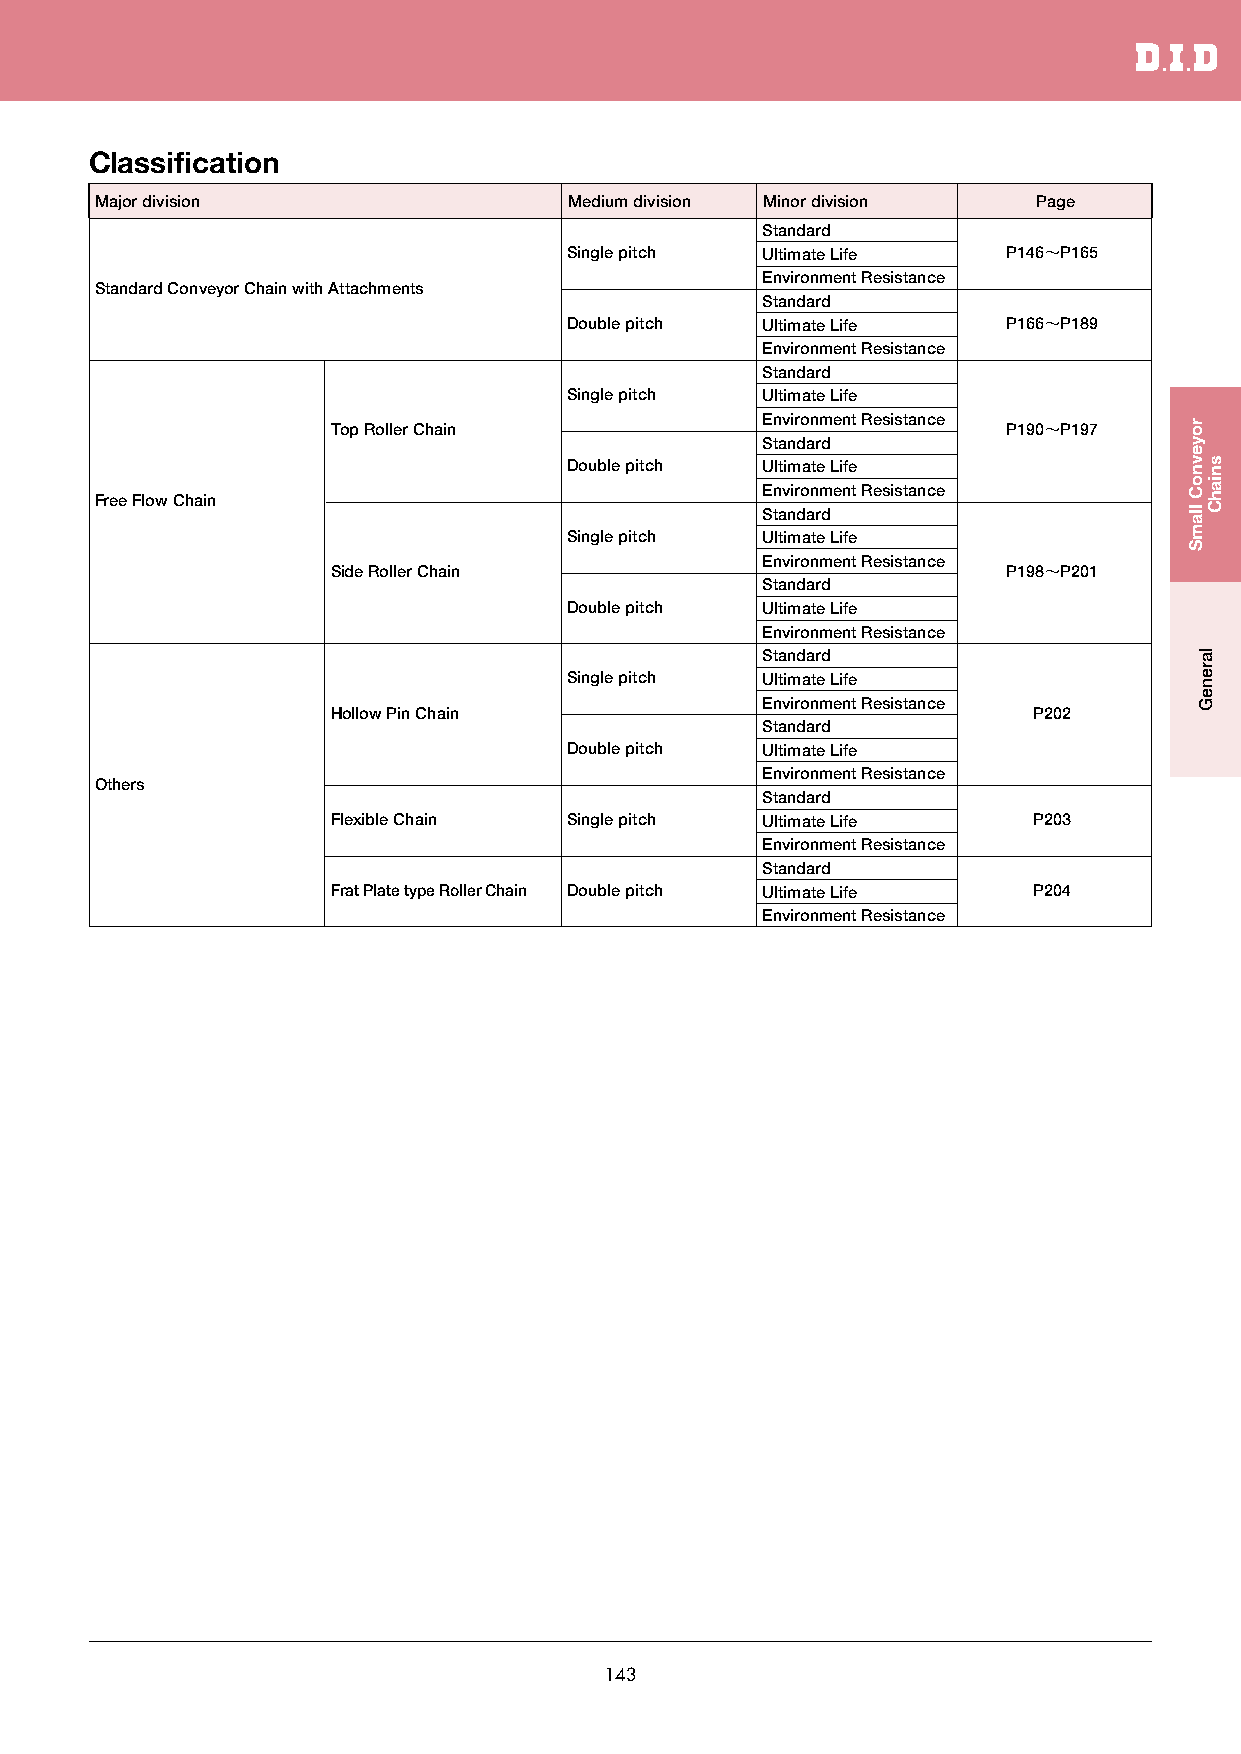
Classification
 Major division                  Medium division Minor division Page
 Standard
 Single pitch Ultimate Life   P146〜P165
 Environment Resistance
 Standard Conveyor Chain with Attachments
 Standard
 Double pitch Ultimate Life   P166〜P189
 Environment Resistance
 Standard
 Single pitch Ultimate Life
 Environment Resistance Top Roller Chain P190〜P197
 Standard
 Double pitch Ultimate Life
 Environment Resistance
 Free Flow Chain
 Standard
 Single pitch Ultimate Life
 Environment Resistance
 Side Roller Chain                            P198〜P201
 Standard
 Double pitch Ultimate Life
 Environment Resistance
 Standard
 Single pitch Ultimate Life
 Environment Resistance
 Hollow Pin Chain                              P202
 Standard
 Double pitch Ultimate Life
 Environment Resistance
 Others
 Standard
 Flexible Chain  Single pitch Ultimate Life    P203
 Environment Resistance
 Standard
 Frat Plate type Roller Chain Double pitch Ultimate Life P204
 Environment Resistance
 143
 royevnoC
 llamS
 lareneG
 sniahC